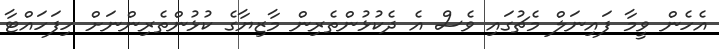
އެހެން ވީމާ ފައިނަލް މެޗުގައި ވެސް އެ ދެކުޅުންތެރިން މާޒިޔާގެ ކުޅުންތެރިންނަށް ހިފަހައްޓާ